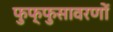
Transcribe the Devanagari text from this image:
फुफ्फुसावरणों